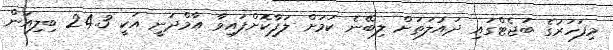
މިފަހަރުގެ ބަޖެޓްގައި ދައުލަތަށް ލިބޭނެ ކަމަށް ލަފާކޮށްފައިވާ އާމްދަނީ އަކީ 24.3 ބިލިއަން